Vaccination United Provinces of Agra and Oudh 1902-1913 - 1902-1913
Year: 1902
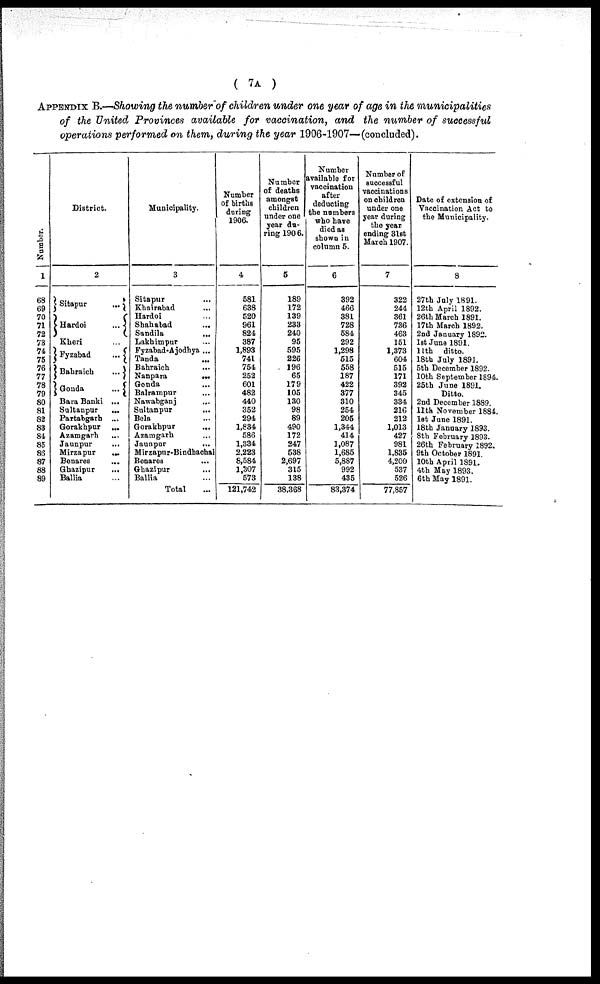
( 7A )
APPENDIX B.—Showing the number of children under one year of age in the municipalities
of the United Provinces available for vaccination, and the number of successful
operations performed on them, during the year 1906-1907—(concluded).
Number.
1
68
69
70
71
72
78
74
75
76
77
78
79
80
81
82
83
84
85
86
87
88
89
District.
2
Sitapur
...
Hardoi
...
Kheri ...
Fyzabad
...
Bahraich
...
Gonda
...
Bara Banki ...
Sultanpur
...
Partabgarh ...
Gorakhpur
...
Azamgarh ...
Jaunpur ...
Mirzapur
...
Benares ...
Ghazipur
...
Ballia ...
Municipality.
3
Sitapur ...
Khairabad ...
Hardoi ...
Shahabad ...
Sandila ...
Lakhimpur ...
Fyzabad-Ajodhya ...
Tanda ...
Bahraich ...
Nanpara
...
Gonda ...
Balrampur ...
Nawabganj ...
Sultanpur ...
Bela ...
Gorakhpur ...
Azamgarh ...
Jaunpur ...
Mirzapur-Bindhachal
Benares ...
Ghazipur ...
Ballia ...
Total ...
Number
of births
during
1906.
4
581
638
520
961
824
387
1,893
741
754
252
601
482
440
352
294
1,834
586
1,334
2,223
8,584
1,307
573
121,742
Number
of deaths
amongst
children
under one
year du-
ring 1906.
5
189
172
139
233
240
95
595
226
196
65
179
105
130
98
89
490
172
247
538
2,697
315
138
38,368
Number
available for
vaccination
after
deducting
the numbers
who have
died as
shown in
column 5.
6
392
466
381
728
584
292
1,298
515
558
187
422
377
310
254
205
1,344
414
1,087
1,685
5,887
992
435
83,374
Number of
successful
vaccinations
on children
under one
year during
the year
ending 31st
March 1907.
7
322
244
361
736
463
151
1,373
604
515
171
392
345
334
216
212
1,013
427
981
1,835
4,200
537
526
77,857
Date of extension of
Vaccination Act to
the Municipality.
8
27th July 1891.
12th April 1892.
26th March 1891.
17th March 1892.
2nd January 1892.
1st June 1891.
11th ditto.
18th July 1891.
5th December 1892.
10th September 1894.
25th June 1891.
Ditto.
2nd December 1889.
11th November 1884.
1st June 1891.
18th January 1893.
8th February 1893.
26th February 1892.
9th October 1891.
10th April 1891.
4th May 1893.
6th May 1891.